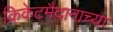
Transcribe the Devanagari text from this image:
क्रिकेटमैदानाच्या